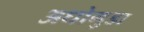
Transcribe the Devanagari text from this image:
अधोगुडा